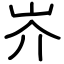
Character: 岕